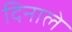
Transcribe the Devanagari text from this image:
दिनाले